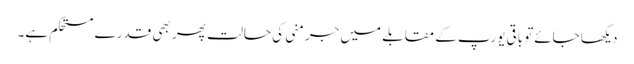
دیکھا جائےتو باقی یورپ کے مقابلے میں جرمنی کی حالت پھر بھی قدرے مستحکم ہے۔